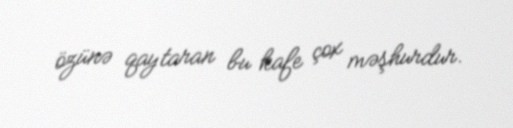
özünə qaytaran bu kafe çox məşhurdur.